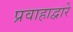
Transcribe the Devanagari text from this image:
प्रवाहाद्वारे